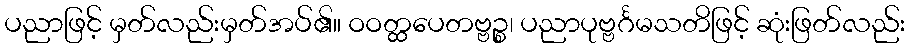
ပညာဖြင့် မှတ်လည်းမှတ်အပ်၏။ ဝဝတ္ထပေတဗ္ဗဉ္စ၊ ပညာပုဗ္ဗင်္ဂမသတိဖြင့် ဆုံးဖြတ်လည်း